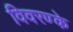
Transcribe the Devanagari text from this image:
विवरण्के